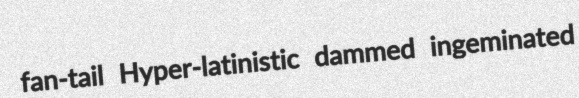
fan-tail Hyper-latinistic dammed ingeminated